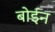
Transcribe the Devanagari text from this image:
बोईन